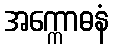
အက္ကောဓနံ